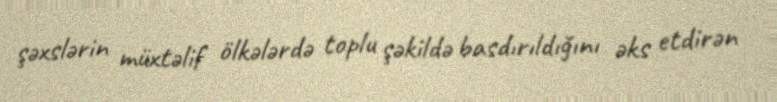
şəxslərin müxtəlif ölkələrdə toplu şəkildə basdırıldığını əks etdirən